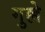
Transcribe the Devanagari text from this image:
गुल्ले